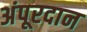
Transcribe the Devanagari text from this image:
अंपूरदान